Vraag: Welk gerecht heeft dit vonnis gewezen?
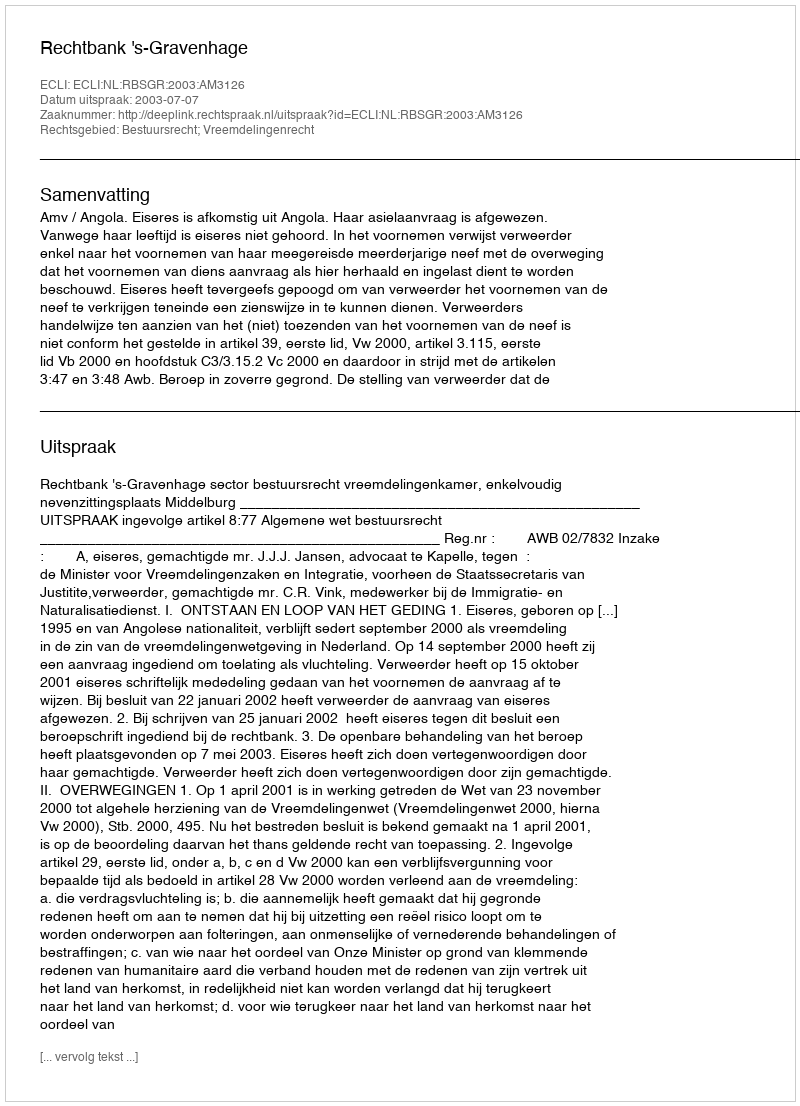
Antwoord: Rechtbank 's-Gravenhage